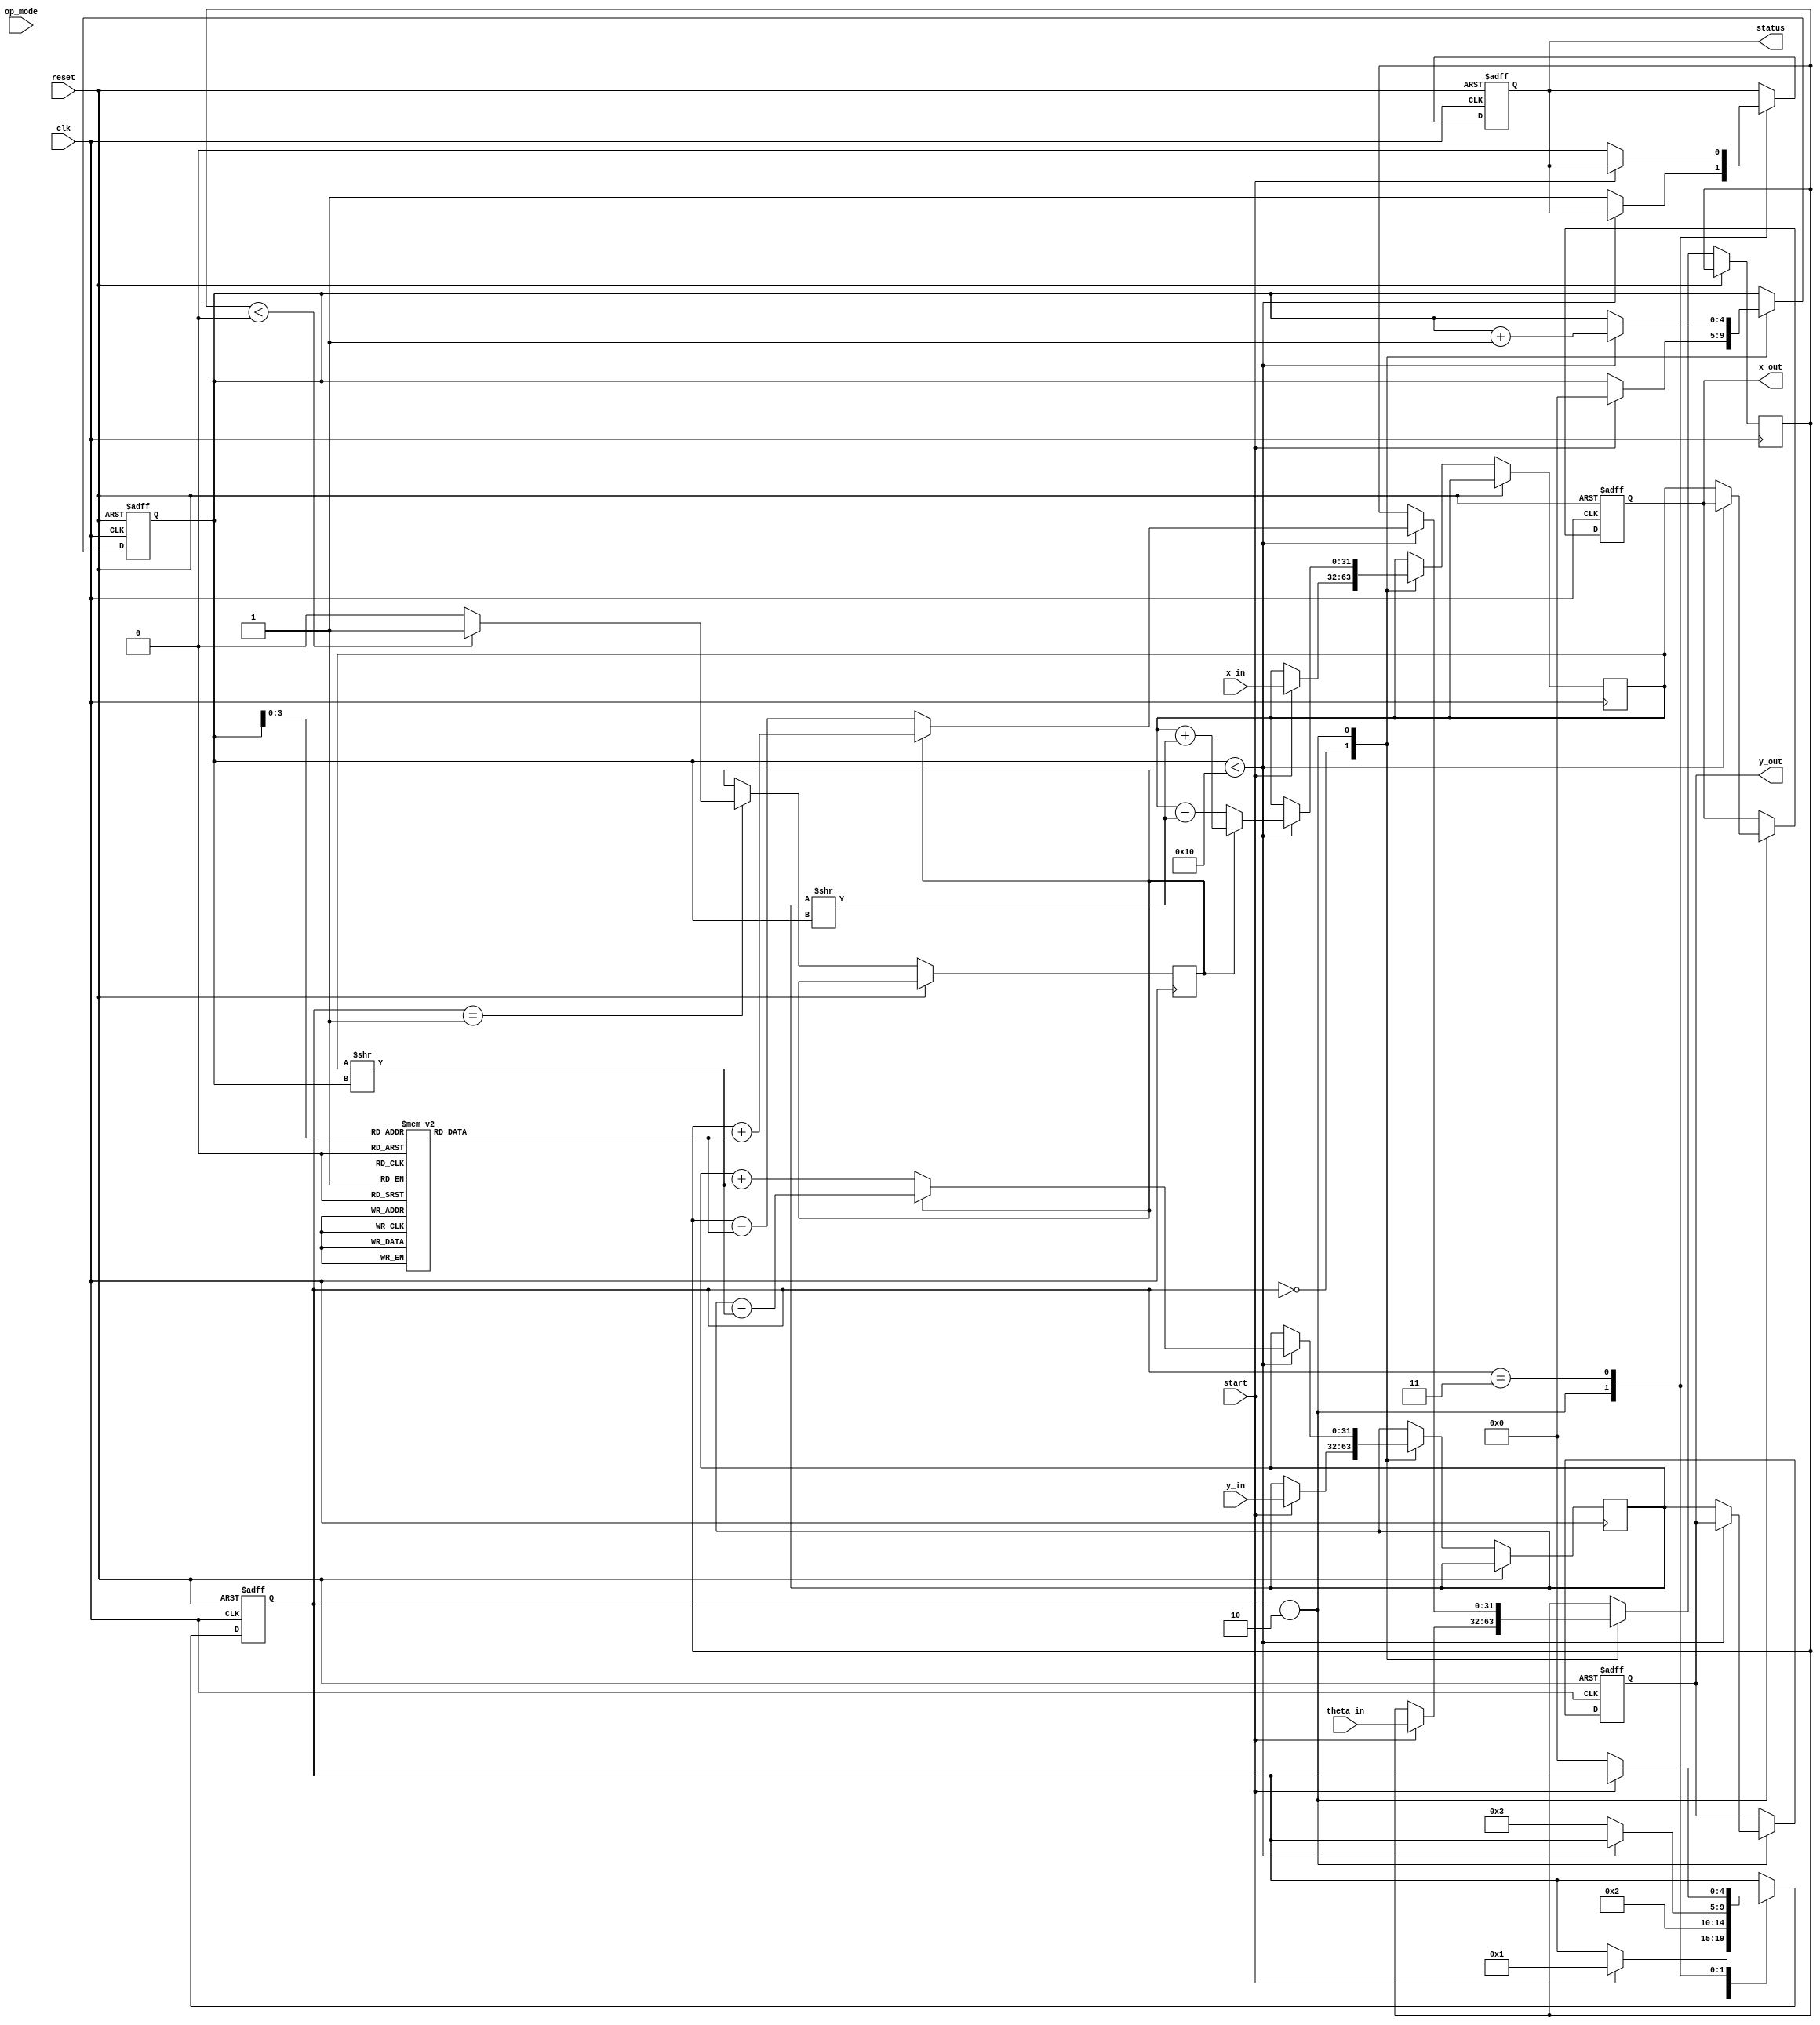
module cordic_fp (
    input wire clk,
    input wire reset,
    input wire [31:0] x_in,       // Input x (IEEE 754 single-precision)
    input wire [31:0] y_in,       // Input y (IEEE 754 single-precision)
    input wire [31:0] theta_in,   // Input theta (angle in radian, IEEE 754 single-precision)
    input wire [1:0] op_mode,     // Operation mode: 00 = rotation, 01 = vectoring
    input wire start,              // Start signal for the operation
    output reg [31:0] x_out,      // Output x
    output reg [31:0] y_out,      // Output y
    output reg status              // Operation completion status
);

    // Constants
    parameter ITERATIONS = 16;    // Number of iterations
    reg [31:0] atan_table [0:ITERATIONS-1]; // Lookup table for arctangent values

    // Internal Signals
    reg [4:0] state;               // FSM state
    reg [4:0] iteration_count;      // Iteration counter
    reg [31:0] x_reg, y_reg;       // Registers for x and y during iterations
    reg [31:0] theta_reg;          // Register for theta during iterations
    reg direction;                 // Direction for rotation

    // Initialize atan_table with precomputed values for CORDIC
    initial begin
        atan_table[0] = 32'h3F490FDB; // atan(2^-0) in IEEE 754
        atan_table[1] = 32'h3F22D4B0; // atan(2^-1)
        // ... Fill in rest of atan_table values ...
        atan_table[15] = 32'h3E3A1D70; // atan(2^-15)
    end

    // FSM State Definitions
    localparam IDLE = 0;
    localparam INIT = 1;
    localparam ITERATE = 2;
    localparam DONE = 3;

    always @(posedge clk or posedge reset) begin
        if (reset) begin
            state <= IDLE;
            iteration_count <= 0;
            x_out <= 0;
            y_out <= 0;
            status <= 0;
        end else begin
            case (state)
                IDLE: begin
                    if (start) begin
                        x_reg <= x_in;
                        y_reg <= y_in;
                        theta_reg <= theta_in;
                        iteration_count <= 0;
                        state <= INIT;
                    end
                end
                INIT: begin
                    // Initialize direction based on theta
                    direction <= (theta_reg < 0) ? 1 : 0; // 1 for clockwise, 0 for counter-clockwise
                    state <= ITERATE;
                end
                ITERATE: begin
                    if (iteration_count < ITERATIONS) begin
                        if (direction) begin
                            // Rotate clockwise
                            x_reg <= x_reg + (y_reg >> iteration_count);
                            y_reg <= y_reg - (x_reg >> iteration_count);
                            theta_reg <= theta_reg + atan_table[iteration_count];
                        end else begin
                            // Rotate counter-clockwise
                            x_reg <= x_reg - (y_reg >> iteration_count);
                            y_reg <= y_reg + (x_reg >> iteration_count);
                            theta_reg <= theta_reg - atan_table[iteration_count];
                        end
                        iteration_count <= iteration_count + 1;
                    end else begin
                        // Store results after iterations are done
                        x_out <= x_reg;
                        y_out <= y_reg;
                        status <= 1; // Operation complete
                        state <= DONE;
                    end
                end
                DONE: begin
                    if (!start) begin
                        status <= 0; // Reset status when starting new operation
                        state <= IDLE;
                    end
                end
            endcase
        end
    end
endmodule